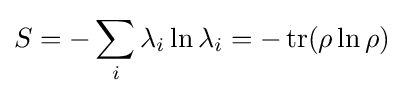
S=-\sum _{i}\lambda _{i}\ln \lambda _{i}=-\operatorname {tr} (\rho \ln \rho )